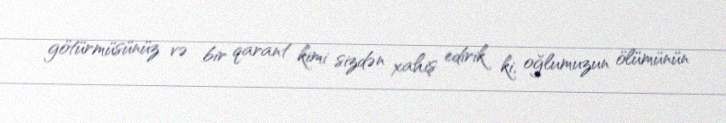
götürmüsünüz və bir qarant kimi sizdən xahiş edirik ki, oğlumuzun ölümünün